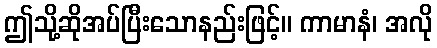
ဤသို့ဆိုအပ်ပြီးသောနည်းဖြင့်။ ကာမာနံ၊ အလို